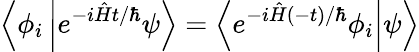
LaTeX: \left\langle\phi_{i}\left|e^{-i{\hat{H}}t/\hbar}\psi\right.\right\rangle=\left\langle\left.e^{-i{\hat{H}}(-t)/\hbar}\phi_{i}\right|\psi\right\rangle